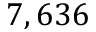
7 , 6 3 6